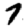
Digit: 7